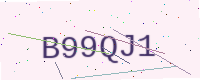
Text: B99QJ1